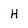
Character: H